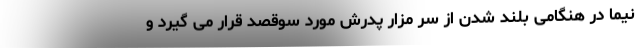
نیما در هنگامی بلند شدن از سر مزار پدرش مورد سوقصد قرار می گیرد و